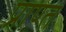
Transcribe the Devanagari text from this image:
प्राण्त